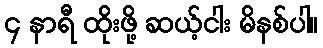
၄ နာရီ ထိုးဖို့ ဆယ့်ငါး မိနစ်ပါ။